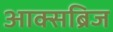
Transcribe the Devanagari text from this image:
आक्सब्रिज